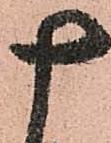
十